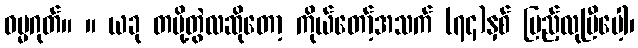
ဓမ္မဂုတ်။ ။ ယခု တပို့တွဲလဆိုတော့ ကိုယ်တော့်အသက် (၇၄)နှစ် ပြည့်လုပြီပေါ့၊